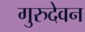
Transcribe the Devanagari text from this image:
गुरुदेवन